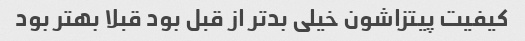
کیفیت پیتزاشون خیلی بدتر از قبل بود قبلا بهتر بود